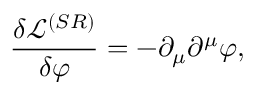
\frac { \delta \mathcal { L } ^ { ( S R ) } } { \delta \varphi } = - \partial _ { \mu } \partial ^ { \mu } \varphi ,